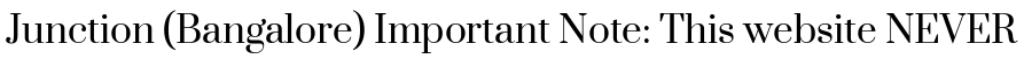
Junction (Bangalore) Important Note: This website NEVER